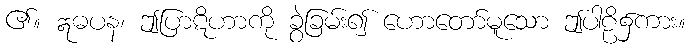
၏။ ဣဓပန၊ ဤပြာဋိဟာကို ခွဲခြမ်း၍ ဟောတော်မူသော ဤပါဠိ၌ကား။